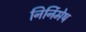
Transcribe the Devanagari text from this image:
निर्निमेष